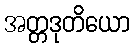
အတ္တဒုတိယော